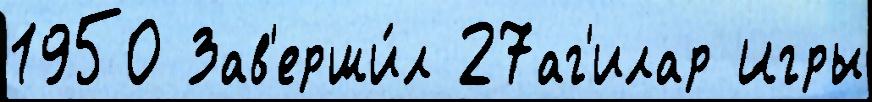
1950 Зав'ерши́л 27аг'илар Игры